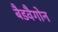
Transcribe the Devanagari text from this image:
बैडवैगोन